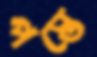
পস্তে